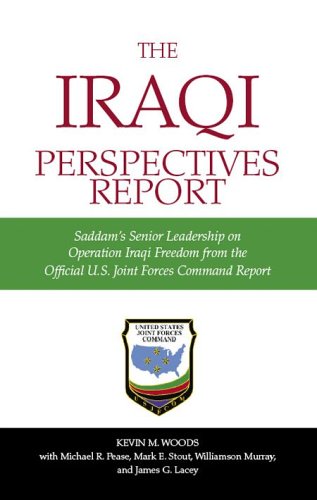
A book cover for The Iraqi Perspectives Report: Saddam's Senior Leadership on Operation Iraqi Freedom from the Official U. S. Joint Forces Command Report; Kevin M. Woods; History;